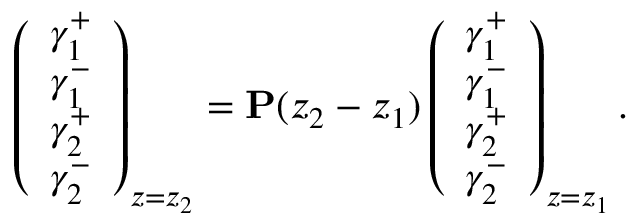
\left( \begin{array} { c } { \gamma _ { 1 } ^ { + } } \\ { \gamma _ { 1 } ^ { - } } \\ { \gamma _ { 2 } ^ { + } } \\ { \gamma _ { 2 } ^ { - } } \end{array} \right) _ { z = z _ { 2 } } = \mathbf { P } ( z _ { 2 } - z _ { 1 } ) \left( \begin{array} { c } { \gamma _ { 1 } ^ { + } } \\ { \gamma _ { 1 } ^ { - } } \\ { \gamma _ { 2 } ^ { + } } \\ { \gamma _ { 2 } ^ { - } } \end{array} \right) _ { z = z _ { 1 } } .